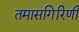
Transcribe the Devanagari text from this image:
तमासगिरिणी